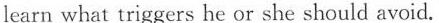
learn what triggers he or she should avoid.